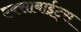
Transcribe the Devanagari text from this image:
एक्साबाईट्स